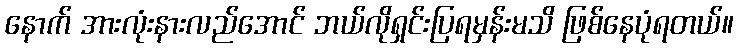
နောက် အားလုံးနားလည်အောင် ဘယ်လိုရှင်းပြရမှန်းမသိ ဖြစ်နေပုံရတယ်။